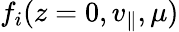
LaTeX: f_{i}(z=0,v_{\parallel},\mu)